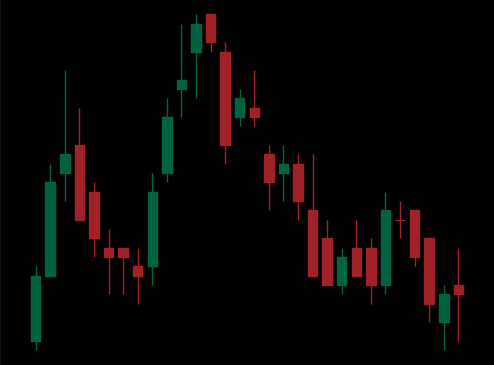
Pattern: head_shoulders